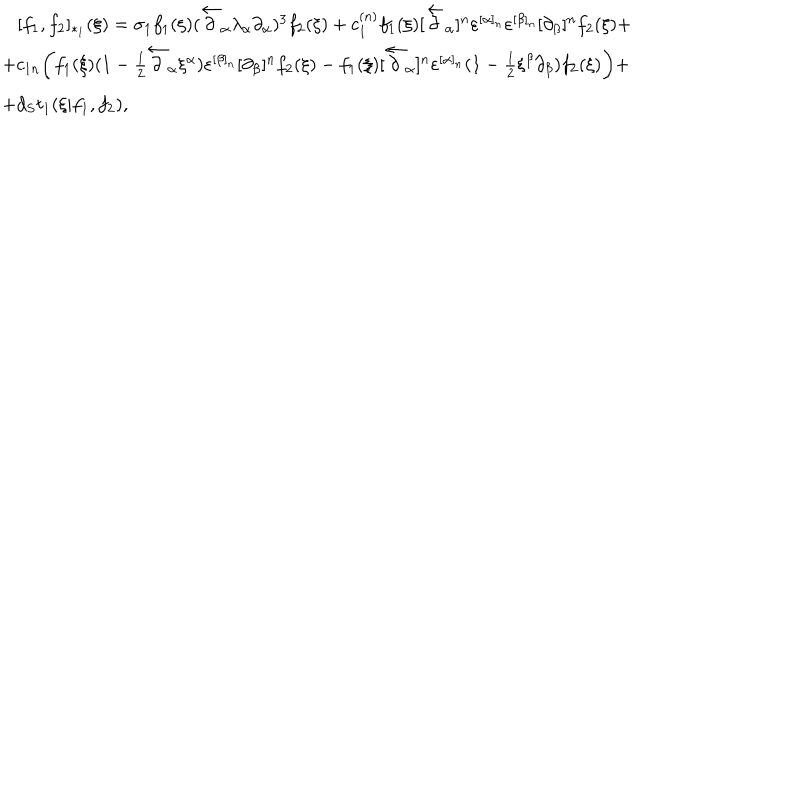
LaTeX: \begin{array} { l } { { \, \, \, \, \, [ f _ { 1 } , f _ { 2 } ] _ { * _ { 1 } } ( \xi ) = \sigma _ { 1 } f _ { 1 } ( \xi ) ( \overleftarrow \partial _ { \alpha } \lambda _ { \alpha } \partial _ { \alpha } ) ^ { 3 } f _ { 2 } ( \xi ) + c _ { 1 } ^ { ( n ) } f _ { 1 } ( \xi ) [ \overleftarrow \partial _ { \alpha } ] ^ { n } \varepsilon ^ { [ \alpha ] _ { n } } \varepsilon ^ { [ \beta ] _ { n } } [ \partial _ { \beta } ] ^ { n } f _ { 2 } ( \xi ) + } } \\ { { + c _ { 1 n } \biggl ( f _ { 1 } ( \xi ) ( 1 - { \frac { 1 } { 2 } } \overleftarrow \partial _ { \alpha } \xi ^ { \alpha } ) \varepsilon ^ { [ \beta ] _ { n } } [ \partial _ { \beta } ] ^ { n } f _ { 2 } ( \xi ) - f _ { 1 } ( \xi ) [ \overleftarrow \partial _ { \alpha } ] ^ { n } \varepsilon ^ { [ \alpha ] _ { n } } ( 1 - { \frac { 1 } { 2 } } \xi ^ { \beta } \partial _ { \beta } ) f _ { 2 } ( \xi ) \biggr ) + } } \\ { { + d _ { S } t _ { 1 } ( \xi | f _ { 1 } , f _ { 2 } ) , } } \\ \end{array}